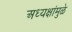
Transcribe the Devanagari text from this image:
अध्यक्षांमुळे